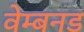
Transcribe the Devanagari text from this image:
वेम्बनड